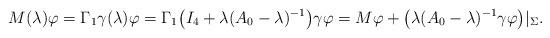
LaTeX: \begin{align*} M(\lambda) \varphi = \Gamma_1 \gamma(\lambda) \varphi = \Gamma_1 \big( I_4 + \lambda (A_0 - \lambda)^{-1} \big) \gamma \varphi = M \varphi + \bigl(\lambda (A_0 - \lambda)^{-1} \gamma \varphi\bigr)|_\Sigma. \end{align*}